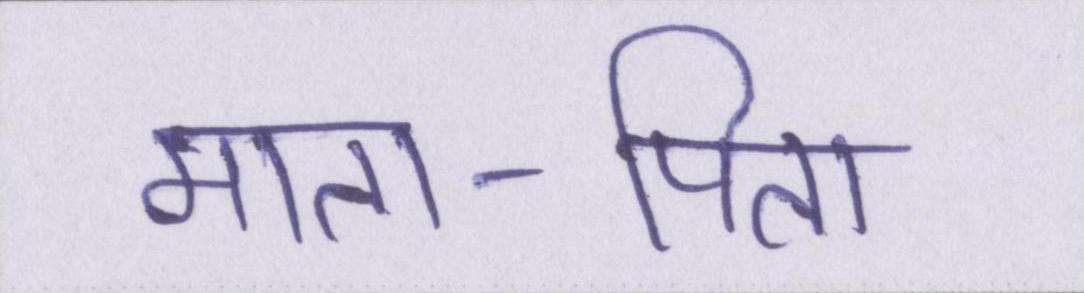
माता-पिता